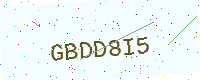
Text: GBDD8I5